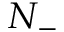
N _ { - }